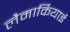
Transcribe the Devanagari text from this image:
लैमार्कियाई